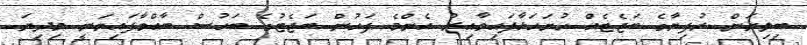
ބިލިޔަން ރުފިޔާގެ ބަޖެޓެއް ހުށަހަޅާފައިވާއިރު އެންމެ ފަހުން ބަޖެޓުގެ ބަހުސް ބާއްވާފައިވަނީ މިދިޔަ